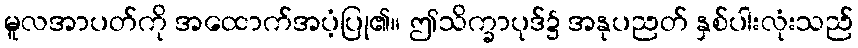
မူလအာပတ်ကို အထောက်အပံ့ပြု၏။ ဤသိက္ခာပုဒ်၌ အနုပညတ် နှစ်ပါးလုံးသည်